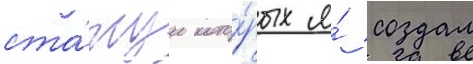
ста́туи кото́рых я́ создал